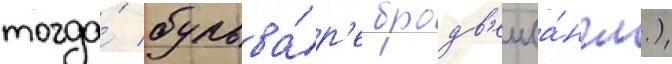
тогда́ бульва́р'е бродв'еи (а́нгл.)